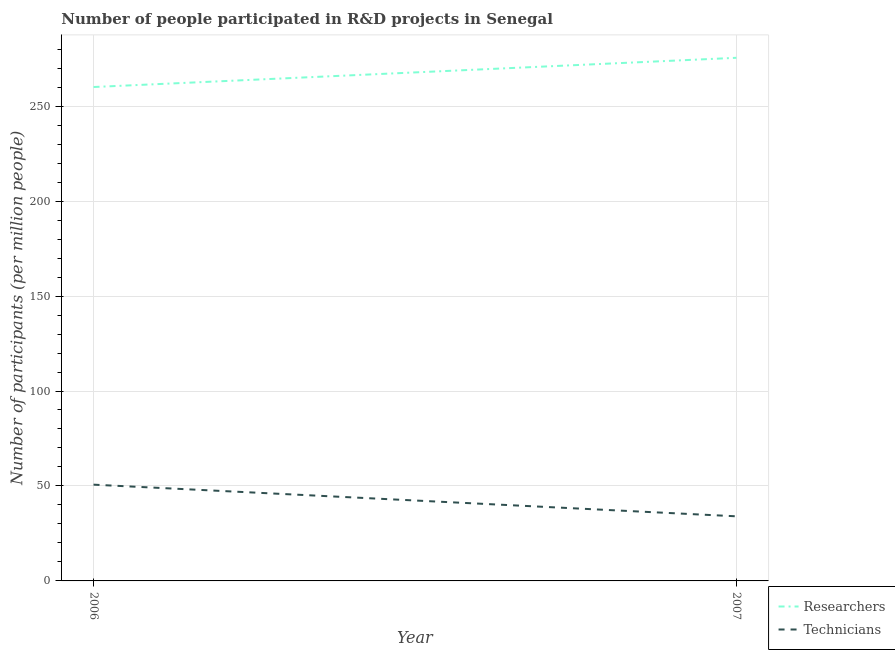
| Year | Researchers | Technicians |
 | --- | --- | --- |
 | 2006 | 260 | 50.7 |
 | 2007 | 275 | 34 |